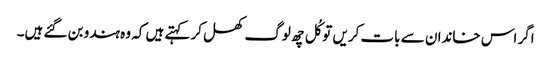
اگر اس خاندان سے بات کریں تو کُل چھ لوگ کھل کر کہتے ہیں کہ وہ ہندو بن گئے ہیں۔